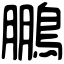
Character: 鵬